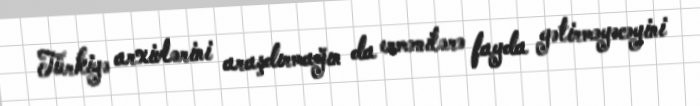
Türkiyə arxivlərini araşdırmağın da ermənilərə fayda gətirməyəcəyini